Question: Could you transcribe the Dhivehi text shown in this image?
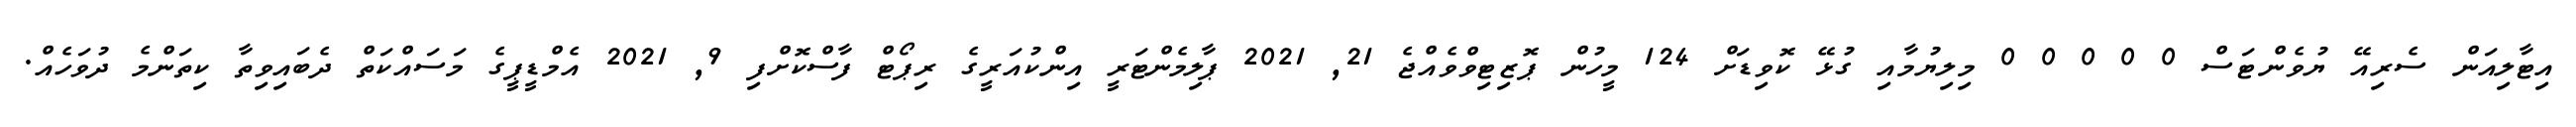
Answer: އިޓާލިއަން ސެރިއޭ ޔުވެންޓަސް 0 0 0 0 0 މިލިޔުމާއި ގުޅޭ ކޮވިޑަށް 124 މީހުން ޕޮޒިޓިވްވެއްޖެ 21, 2021 ޕާލިމެންޓަރީ އިންކުއަރީގެ ރިޕޯޓް ފާސްކޮށްފި 9, 2021 އެމްޑީޕީގެ މަސައްކަތް ދެބައިވިތާ ކިތަންމެ ދުވަހެއް.